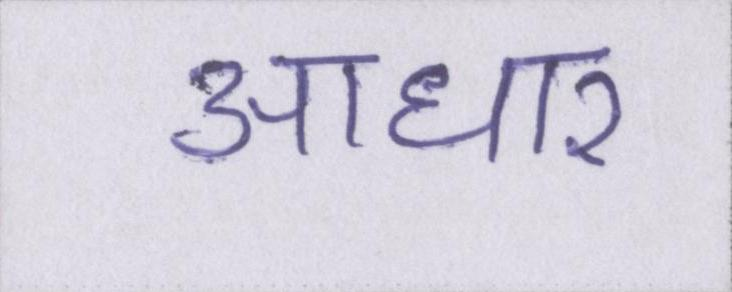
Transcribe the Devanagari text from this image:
आधार